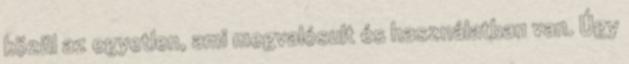
közül az egyetlen, ami megvalósult és használatban van. Úgy